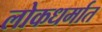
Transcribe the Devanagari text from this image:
लोकधर्मात